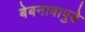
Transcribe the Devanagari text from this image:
बेबनावापुढे